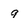
Character: 9